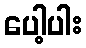
ပေါ့ပါး